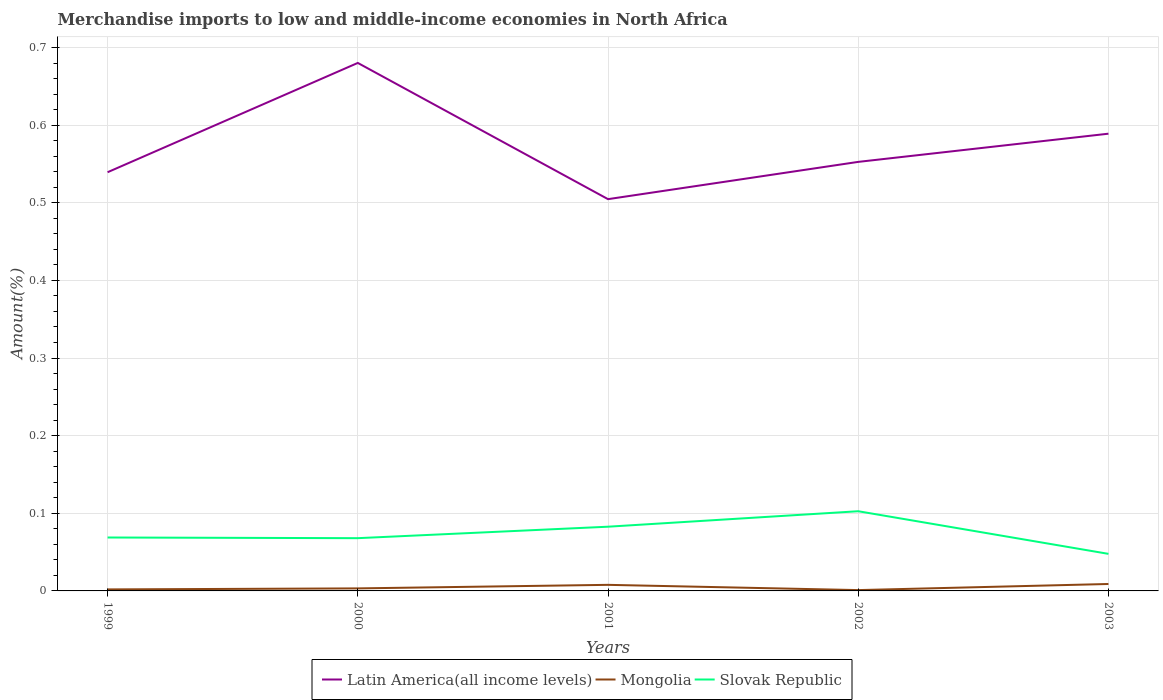
| Years | Latin America(all income levels) | Mongolia | Slovak Republic |
 | --- | --- | --- | --- |
 | 1999 | 0.539 | 0.00195 | 0.0688 |
 | 2000 | 0.68 | 0.00325 | 0.068 |
 | 2001 | 0.505 | 0.00782 | 0.0827 |
 | 2002 | 0.553 | 0.00107 | 0.103 |
 | 2003 | 0.589 | 0.00894 | 0.0477 |